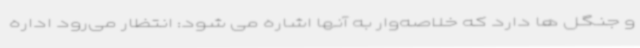
و جنگل ها دارد که خلاصه‌وار به آنها اشاره می شود: انتظار می‌رود اداره